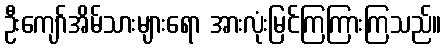
ဦးကျော်အိမ်သားများရော အားလုံးမြင်ကြကြားကြသည်။